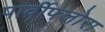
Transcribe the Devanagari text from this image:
पार्वीफ्लोरा